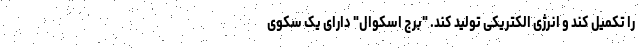
را تکمیل کند و انرژی الکتریکی تولید کند. "برج اسکوال" دارای یک سکوی